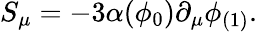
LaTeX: S_{\mu}=-3\alpha(\phi_{0})\partial_{\mu}\phi_{(1)}.